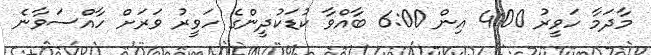
މާދަމާ ހަވީރު 4:00 އިން 6:00 ބާއްވާ ކުޑަކުދީންގެ ހަވީރު ވަރަށް ހާއްސަވާނެ